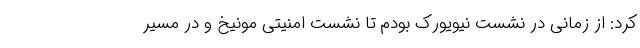
کرد: از زمانی در نشست نیویورک بودم تا نشست امنیتی مونیخ و در مسیر